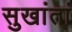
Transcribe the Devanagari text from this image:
सुखांतां